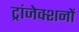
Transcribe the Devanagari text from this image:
ट्रांजेक्शनों